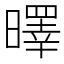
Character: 曎